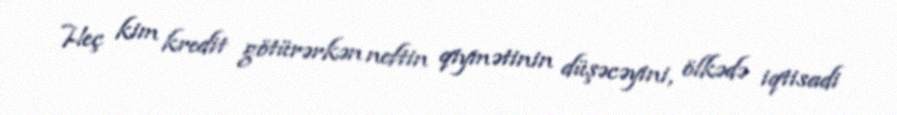
Heç kim kredit götürərkən neftin qiymətinin düşəcəyini, ölkədə iqtisadi